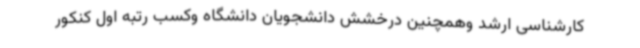
کارشناسی ارشد وهمچنین درخشش دانشجویان دانشگاه وکسب رتبه اول کنکور